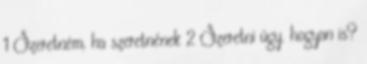
1 Szeretném, ha szeretnének 2 Szeretni úgy. hogyan is?